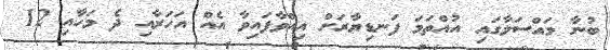
ބުނާ މައްސަލާގައި އުއްތަމަ ފަނޑިޔާރަށް އިއްވާފައިވާ އެއް އަހަރާއި ދެ މަހާއި 12